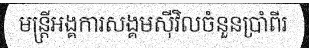
មន្ត្រីអង្គការសង្គមស៊ីវិលចំនួនប្រាំពីរ